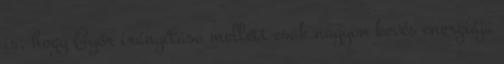
is, hogy Győr irányítása mellett csak nagyon kevés energiája